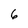
Character: 6